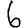
Digit: 6